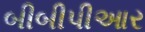
બીબીપીઆર